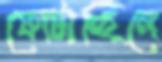
ফোটাচ্ছিলে